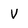
Character: V